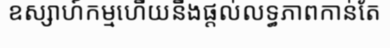
ឧស្សាហ៍កម្មហើយនឹងផ្តល់លទ្ធភាពកាន់តែ